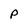
Character: p